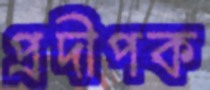
প্রদীপক